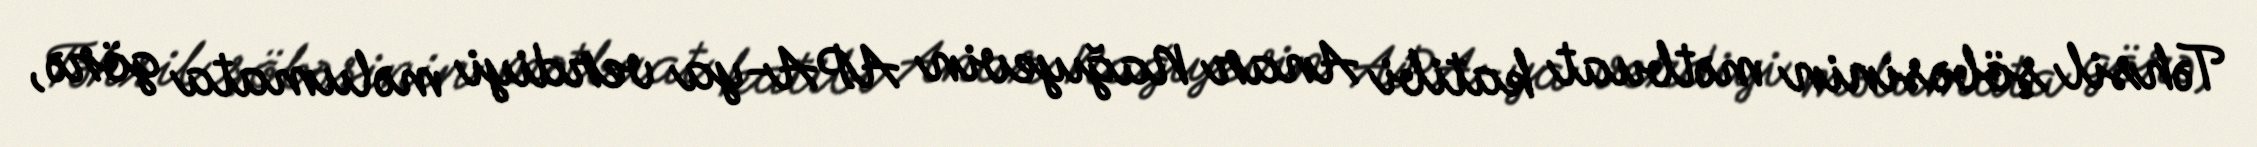
Təhsil şöbəsinin mətbuat katibi Anar Nağıyevin APA-ya verdiyi məlumata görə,